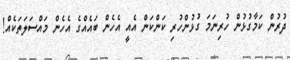
ދުރުން ކަމާގުޅުން ހުރިނަމަ ގުޅުންހުރި ކަންކަން އެއީ އެހެން ބައެއްގެ އެހެން މައްސަލަތަކެއް!